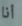
أنا